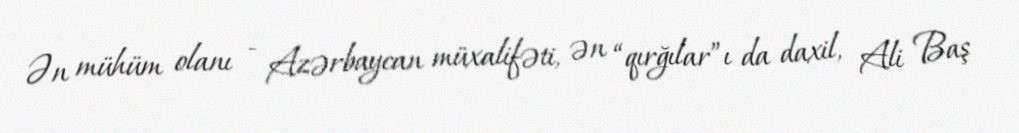
Ən mühüm olanı - Azərbaycan müxalifəti, ən “qırğılar”ı da daxil, Ali Baş